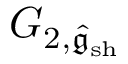
G _ { 2 , \hat { \mathfrak { g } } _ { \mathrm { s h } } }